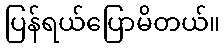
ပြန်ရယ်ပြောမိတယ်။